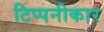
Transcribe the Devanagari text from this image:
टिप्पनीकार